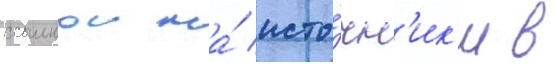
ссылкои на́ исто́чн'ик'и в